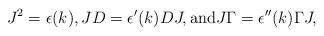
LaTeX: \begin{align*} J^2= \epsilon(k), JD = \epsilon'(k) DJ, \mbox{and} J\Gamma = \epsilon''(k) \Gamma J ,\end{align*}